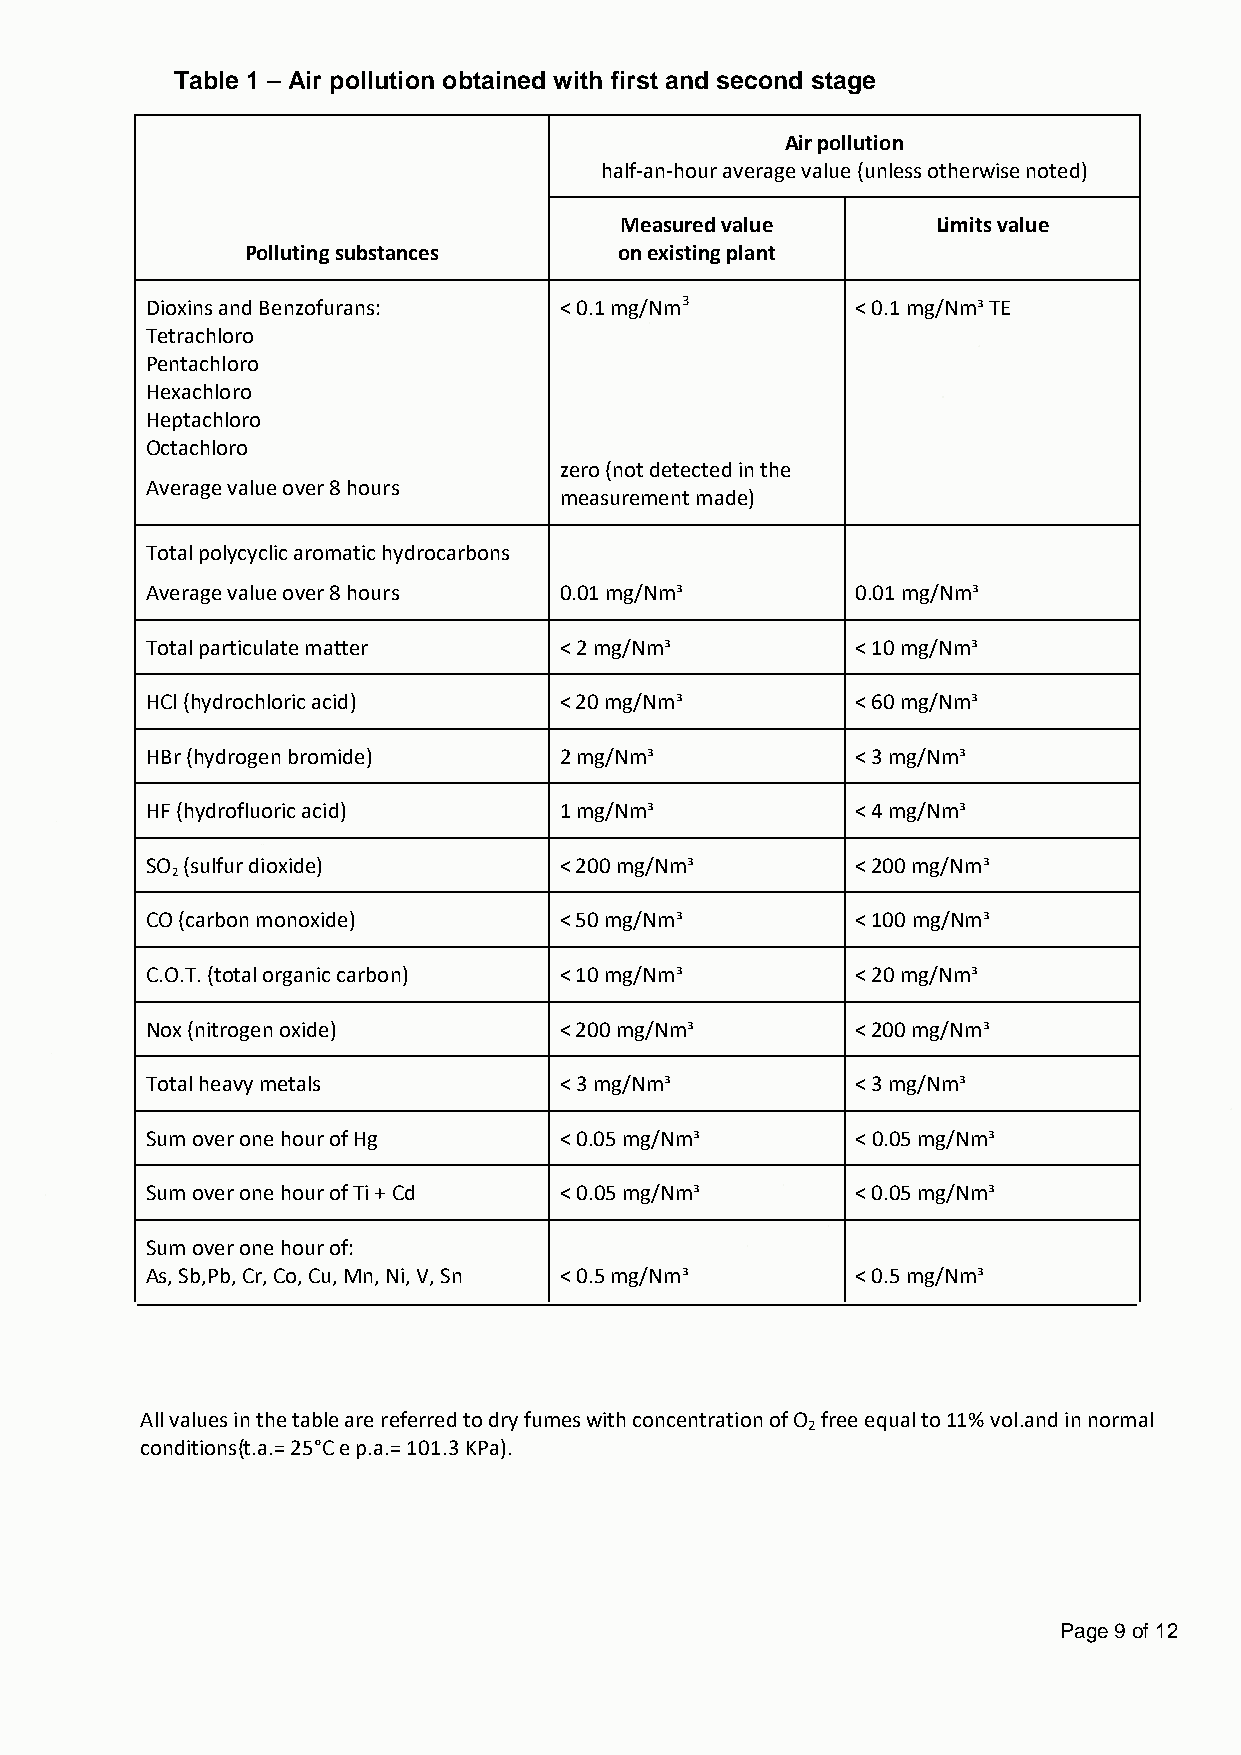
Table 1 – Air pollution obtained with first and second stage
 Air pollution
 half-an-hour average value (unless otherwise noted)
 Measured value       Limits value
 Polluting substances     on existing plant
 Dioxins and Benzofurans:   < 0.1 mg/Nm3        < 0.1 mg/Nm³ TE
 Tetrachloro
 Pentachloro
 Hexachloro
 Heptachloro
 Octachloro
 zero (not detected in the
 Average value over 8 hours
 measurement made)
 Total polycyclic aromatic hydrocarbons
 Average value over 8 hours 0.01 mg/Nm³         0.01 mg/Nm³
 Total particulate matter   < 2 mg/Nm³          < 10 mg/Nm³
 HCl (hydrochloric acid)    < 20 mg/Nm³         < 60 mg/Nm³
 HBr (hydrogen bromide)     2 mg/Nm³            < 3 mg/Nm³
 HF (hydrofluoric acid)     1 mg/Nm³            < 4 mg/Nm³
 SO (sulfur dioxide)        < 200 mg/Nm³        < 200 mg/Nm³
 2
 CO (carbon monoxide)       < 50 mg/Nm³         < 100 mg/Nm³
 C.O.T. (total organic carbon) < 10 mg/Nm³      < 20 mg/Nm³
 Nox (nitrogen oxide)       < 200 mg/Nm³        < 200 mg/Nm³
 Total heavy metals         < 3 mg/Nm³          < 3 mg/Nm³
 Sum over one hour of Hg    < 0.05 mg/Nm³       < 0.05 mg/Nm³
 Sum over one hour of Ti + Cd < 0.05 mg/Nm³     < 0.05 mg/Nm³
 Sum over one hour of:
 As, Sb,Pb, Cr, Co, Cu, Mn, Ni, V, Sn < 0.5 mg/Nm³ < 0.5 mg/Nm³
 All values in the table are referred to dry fumes with concentration of O free equal to 11% vol.and in normal
 2
 conditions(t.a.= 25°C e p.a.= 101.3 KPa).
 Page 9 of 12